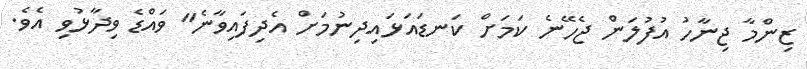
ޒިންމާ ޖިނާހު އުފުލަން ޖެހޭނެ ކަމަށް ކަނޑައަޅައިދިނުމަށް އެދިފައިވާނެ" ވައްޑެ ވިދާޅުވި އެވެ.